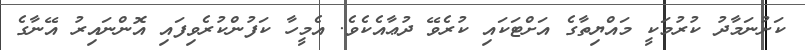
ކަށުނަމާދު ކުރުމަކީ މައްޔިތާގެ އަށްޓަކައި ކުރެވޭ ދުޢާއެކެވެ. އެމީހާ ކަފުންކުރެވިފައި އޮންނައިރު އޭނާގެ